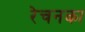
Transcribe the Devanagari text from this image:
रेचनका